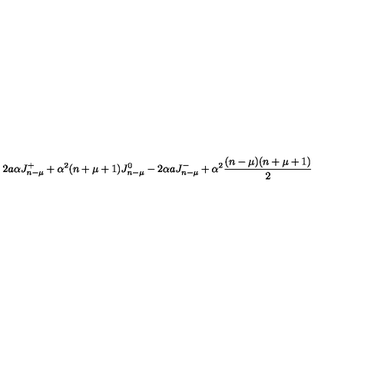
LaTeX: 2 a \alpha J _ { n - \mu } ^ { + } + \alpha ^ { 2 } ( n + \mu + 1 ) J _ { n - \mu } ^ { 0 } - 2 \alpha a J _ { n - \mu } ^ { - } + \alpha ^ { 2 } { \frac { ( n - \mu ) ( n + \mu + 1 ) } { 2 } }